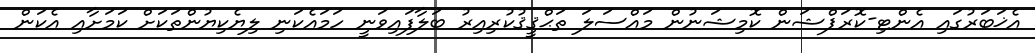
އެޚަބަރުގައި އެންޓި-ކޮރަޕްޝަން ކޮމިޝަނުން މައްސަލަ ތަޙްޤީޤުކުރިއިރު ބަލާފައިވަނީ ހަމައެކަނި ލިޔެކިޔުންތަކަށް ކަމަށާއި އެކަން